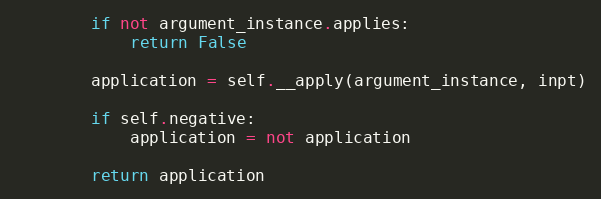
Language: Python
        if not argument_instance.applies:
            return False

        application = self.__apply(argument_instance, inpt)

        if self.negative:
            application = not application

        return application